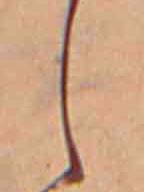
し